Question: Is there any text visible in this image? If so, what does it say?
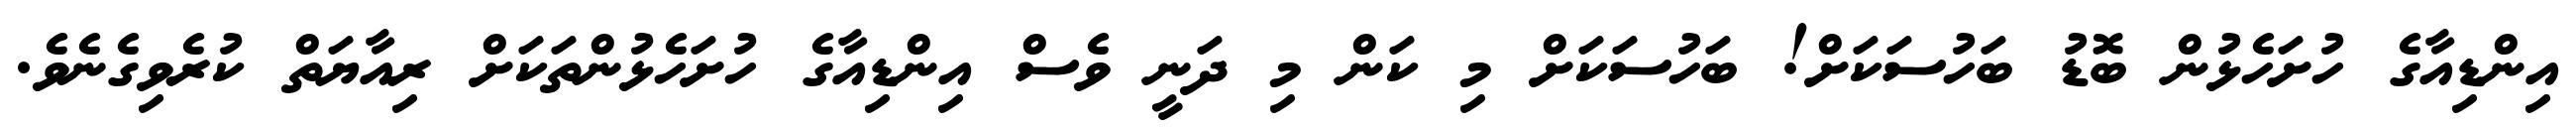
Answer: އިންޑިއާގެ ހުށަހެޅުން ބޮޑު ބަހުސަކަށް! ބަހުސަކަށް މި ކަން މި ދަނީ ވެސް އިންޑިއާގެ ހުށަހެޅުންތަކަށް ރިއާޔަތް ކުރެވިގެނެވެ.